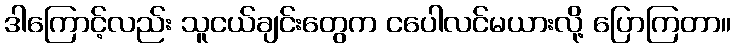
ဒါကြောင့်လည်း သူငယ်ချင်းတွေက ငပေါလင်မယားလို့ ပြောကြတာ။